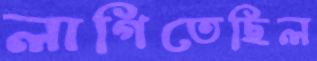
লাগিতেছিল